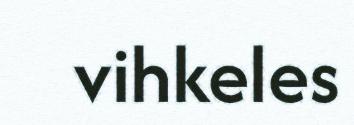
vihkeles